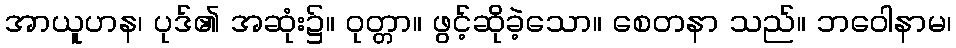
အာယူဟန၊ ပုဒ်၏ အဆုံး၌။ ဝုတ္တာ။ ဖွင့်ဆိုခဲ့သော။ စေတနာ သည်။ ဘဝေါနာမ၊